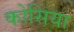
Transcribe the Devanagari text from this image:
कोसिया